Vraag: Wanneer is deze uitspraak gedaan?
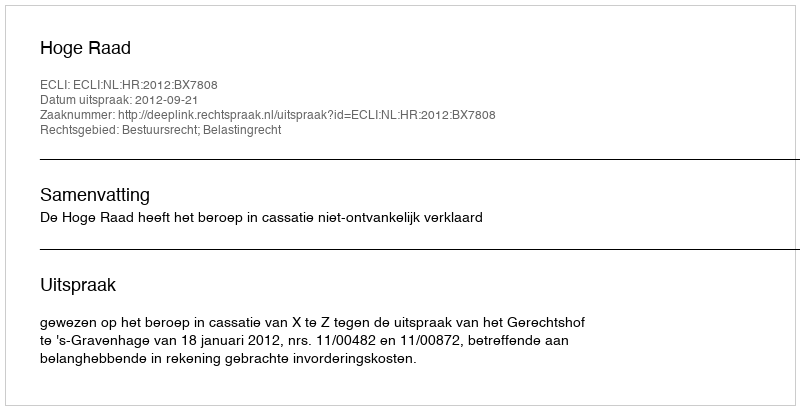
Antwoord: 2012-09-21